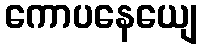
ကောပနေယျေ